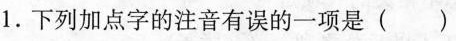
1.下列加点字的注音有误的一项是（）